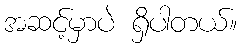
အဆင့်မှာပဲ ရှိပါတယ်။